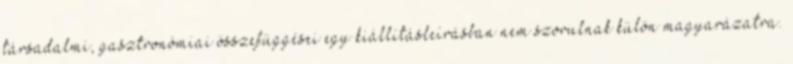
társadalmi, gasztronómiai összefüggései egy kiállításleírásban nem szorulnak külön magyarázatra.